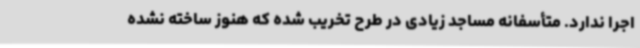
اجرا ندارد. متأسفانه مساجد زیادی در طرح تخریب شده که هنوز ساخته نشده